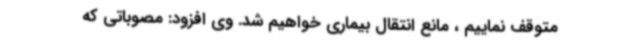
متوقف نماییم ، مانع انتقال بیماری خواهیم شد. وی افزود: مصوباتی که